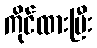
ကိုင်ထားပြီး